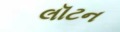
લૉટન